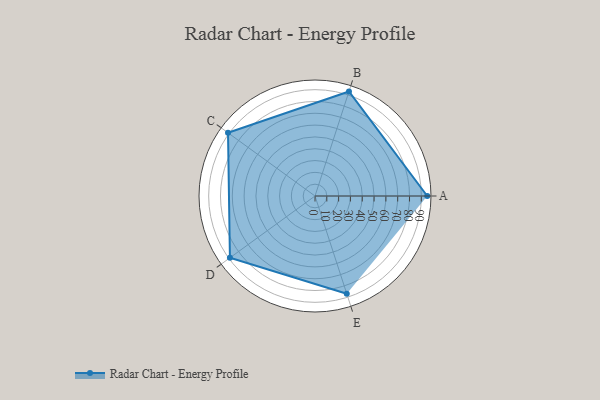
{"axis": {"x": "Skill", "y": "Score"}, "legend": ["Profile"], "data": [{"x": "A", "y": 95.0, "type": "Profile"}, {"x": "B", "y": 93.0, "type": "Profile"}, {"x": "C", "y": 91.0, "type": "Profile"}, {"x": "D", "y": 89.0, "type": "Profile"}, {"x": "E", "y": 87.0, "type": "Profile"}]}